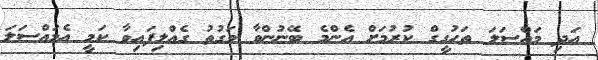
އަދި މައްސަލަ ތަހުގީގް ކުރުމަށް އެންމެ ބޭނުންވާ ވަގުތު ގެއްލިފައިވާ ކަމީ އެމައްސަލަ